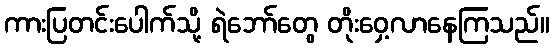
ကားပြတင်းပေါက်သို့ ရဲဘော်တွေ တိုးဝှေ့လာနေကြသည်။